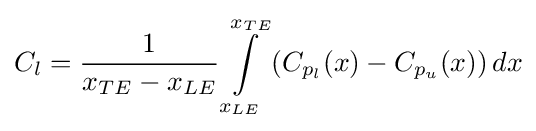
C_{l}={\frac {1}{x_{TE}-x_{LE}}}\int \limits _{x_{LE}}^{x_{TE}}\left(C_{p_{l}}(x)-C_{p_{u}}(x)\right)dx